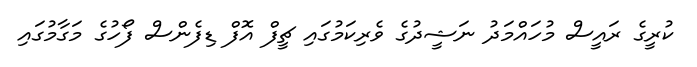
ކުރީގެ ރައީސް މުހައްމަދު ނަޝީދުގެ ވެރިކަމުގައި ޗީފް އޮފް ޑިފެންސް ފޯހުގެ މަގާމުގައި